65_HS1-834228961_62-HQ-83894_Serial_220
Agency: FBI
Page 8
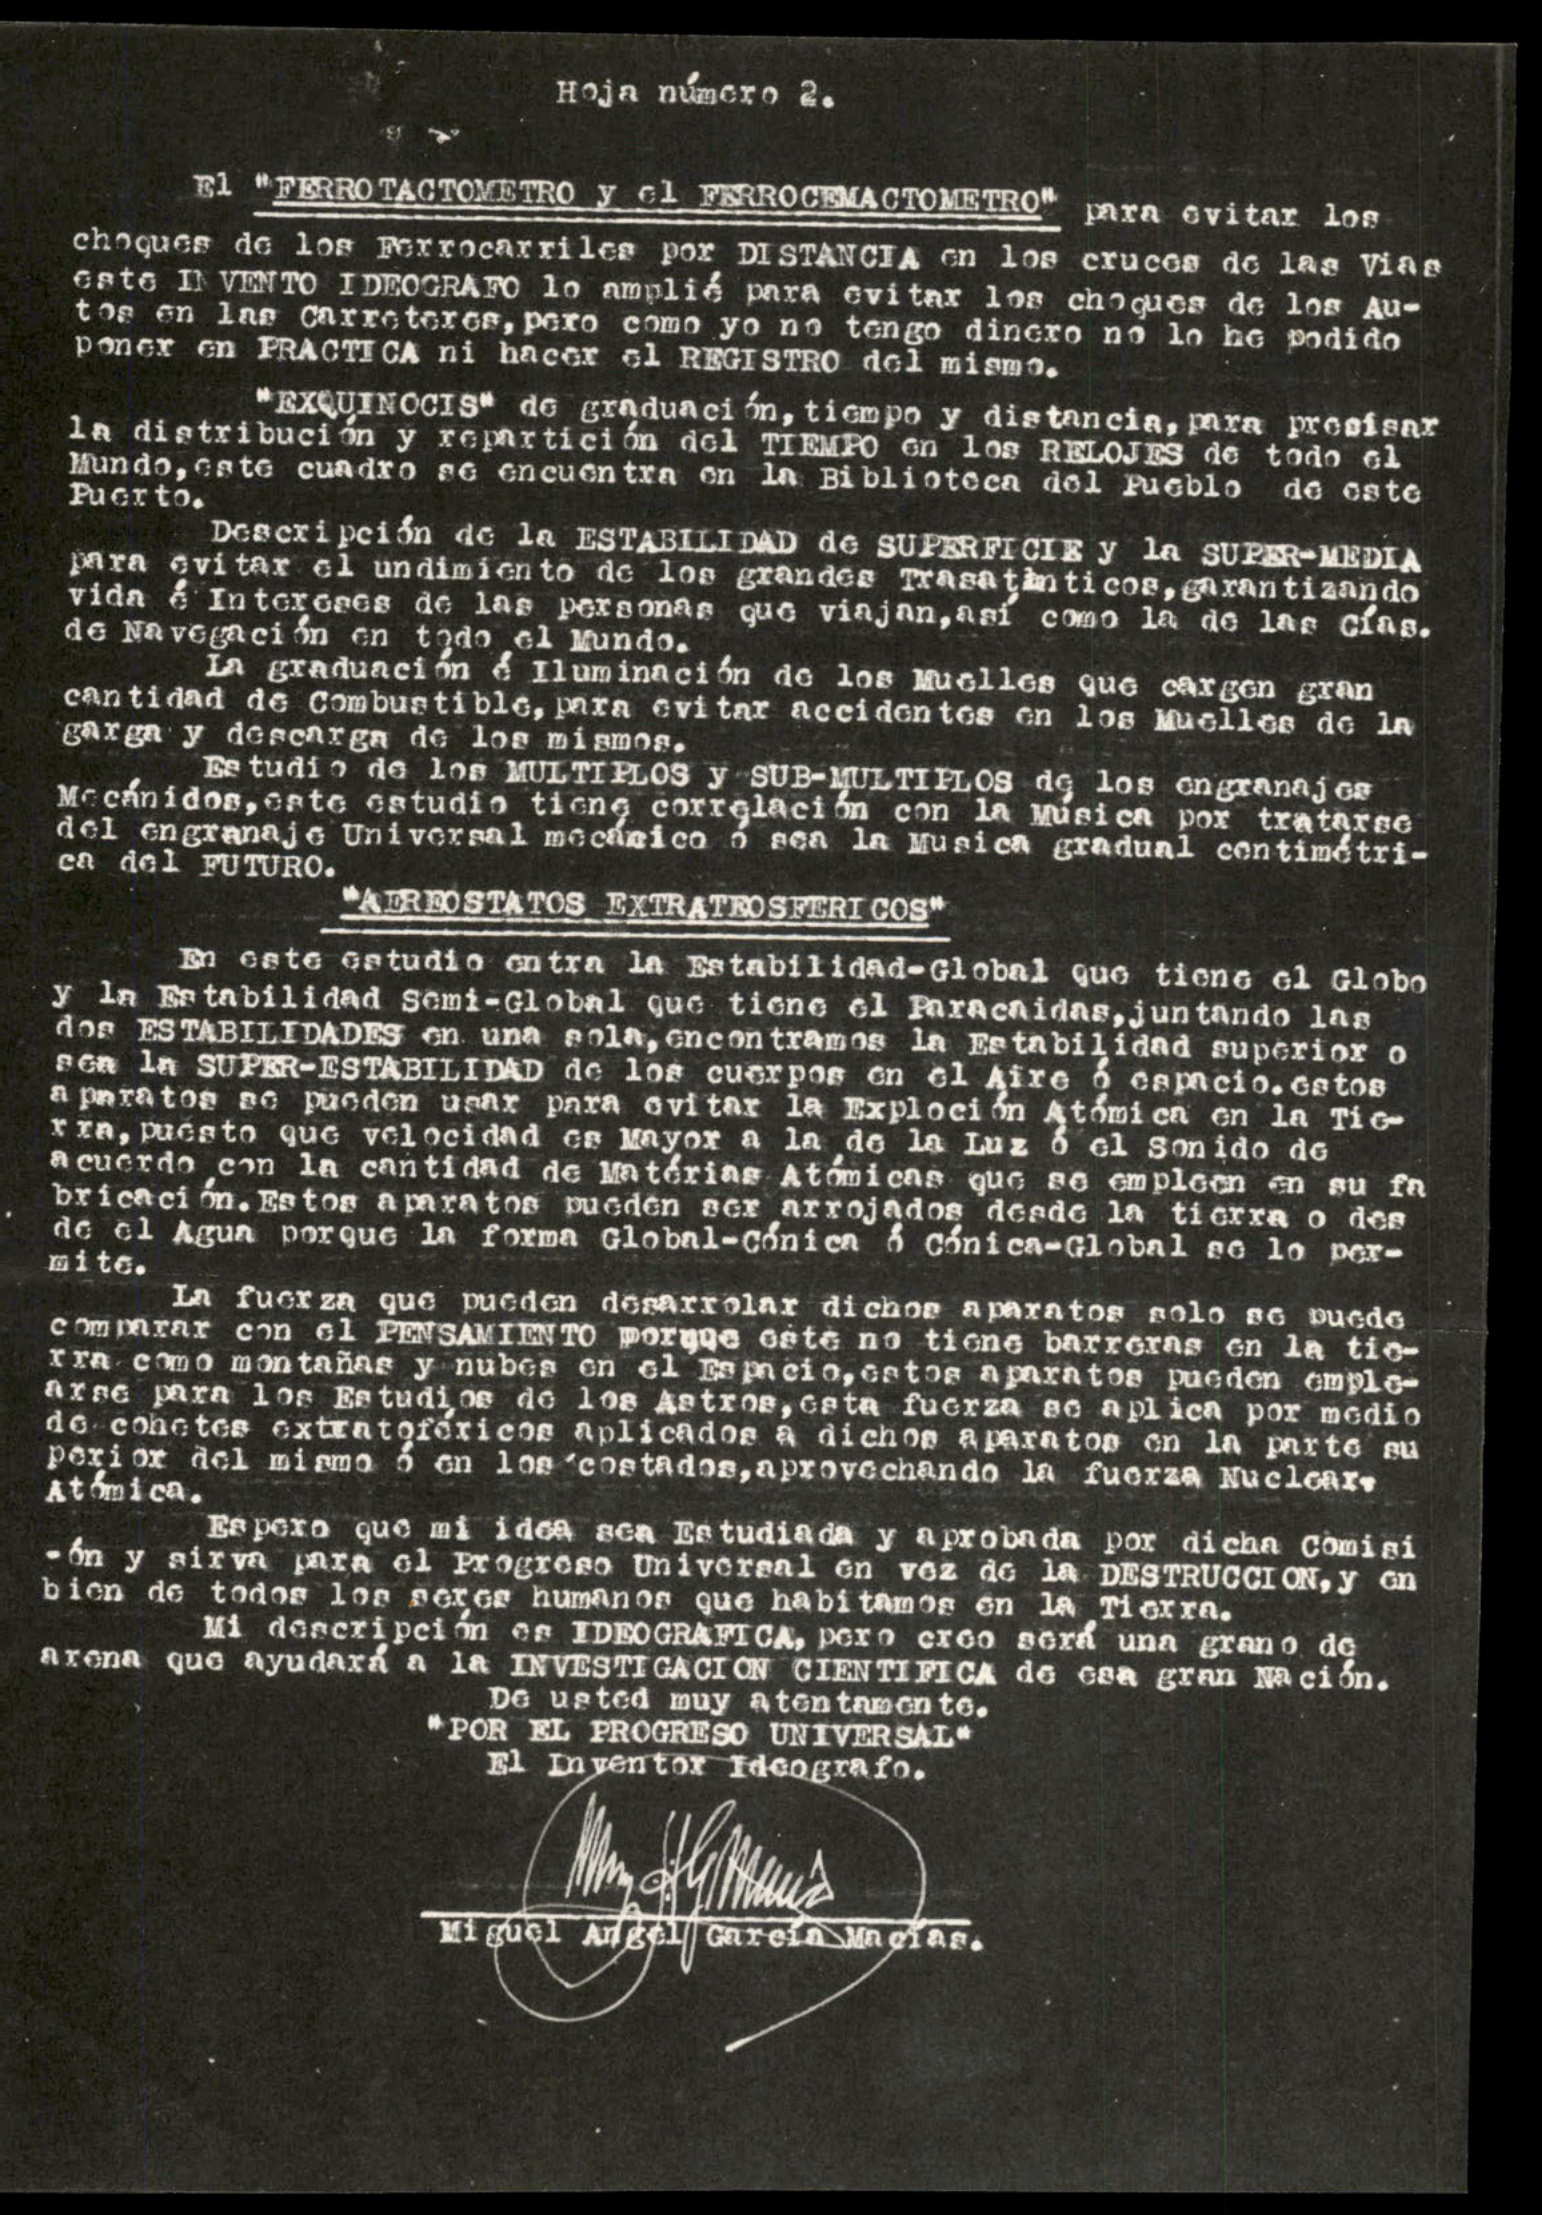